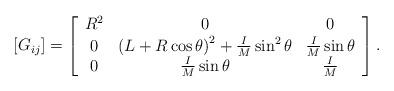
LaTeX: \begin{align*}[G_{ij}]=\left[\begin{array}{ccc} R^2 & 0 & 0 \\ 0 & \left(L+R\cos\theta\right)^2+\frac{I}{M}\sin^2\theta & \frac{I}{M}\sin\theta \\ 0 & \frac{I}{M}\sin\theta & \frac{I}{M}\end{array} \right].\end{align*}